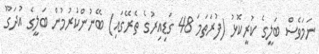
ނަމަވެސް ބަލީގެ ކުރީކޮޅު (ފުރަތަމަ 48 ގަޑިއިރުގެ ތެރޭގައި) ބޭނުންކުރުމުން ބަލީގެ އުދަގޫ